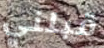
قبلني